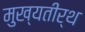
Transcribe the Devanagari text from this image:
मुख्यतीर्थ